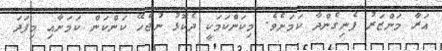
އަރާ މަންޒަަރު ފެނިގެންދާ ކަމަށެވެ. މިކަންކަމަކީ ދެކޮޅު ނުޖެހޭ ކަންކަން ކަމަށާއި މިފަދަ